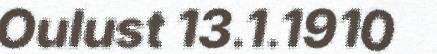
Oulust 13.1.1910